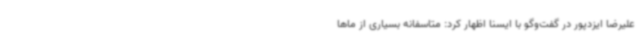
علیرضا ایزدپور در گفت‌وگو با ایسنا اظهار کرد: متاسفانه بسیاری از ماها